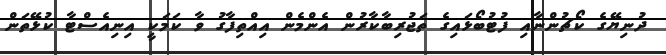
ދުނިޔޭގެ ކޯޗުންނާއި ފުޓުބޯޅައިގެ ތަޖުރިބާކާރުން އެންމެން އިއްތިފާގު ވާ ކަމަކީ އިނިއެސްޓާ ކުޅޭތަން